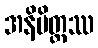
အနိမိတ္တဿ